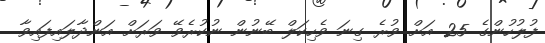
ފުލުހުންގެ 25 އަށް ވުރެ ގިނަ ވެހިކަލް ބޭނުން ނުކުރެވޭ ވަރަށް އަންދާލައިފައިވާ